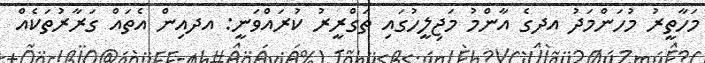
މަހާތީރު މުހަންމަދު އދގެ އާންމު މަޖިލީހުގައި ތަގްރީރު ކުރައްވަނީ: އދއިން އެތައް ގަރާރުތަކެއް